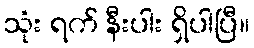
သုံး ရက် နီးပါး ရှိပါပြီ။